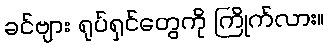
ခင်ဗျား ရုပ်ရှင်တွေကို ကြိုက်လား။